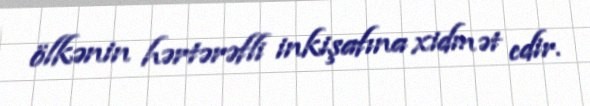
ölkənin hərtərəfli inkişafına xidmət edir.